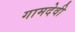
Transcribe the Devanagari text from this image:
गामदेवी